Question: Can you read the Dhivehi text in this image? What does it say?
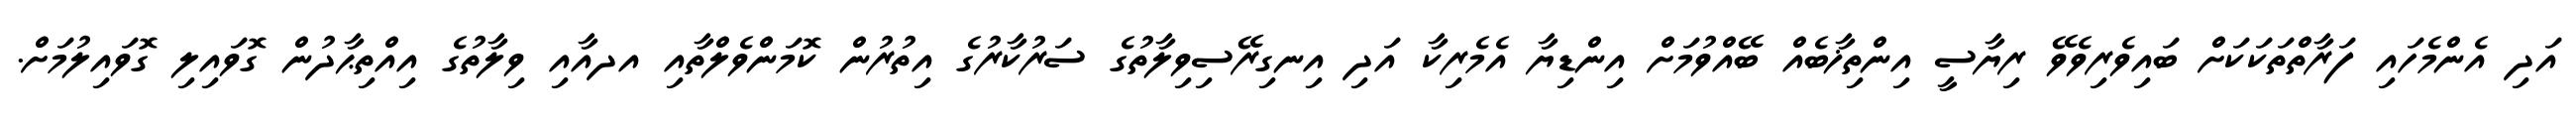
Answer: އަދި އެންމެހައި ފަރާތްތަކަކަށް ބައިވެރިވެވޭ ރިޔާސީ އިންތިޚާބެއް ބޭއްވުމަށް އިންޑިޔާ އެމެރިކާ އަދި އިނގިރޭސިވިލާތުގެ ސަރުކާރުގެ އިތުރުން ކޮމަންވެލްތާއި އދއާއި ވިލާތުގެ އިއްތިޙާދުން ގޮވައިލި ގޮވައިލުމަށް.